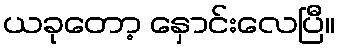
ယခုတော့ နှောင်းလေပြီ။